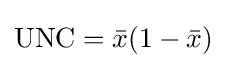
\mathrm {UNC} ={\bar {x}}(1-{\bar {x}})